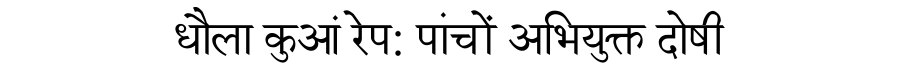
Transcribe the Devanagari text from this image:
धौला कुआं रेप: पांचों अभियुक्त दोषी